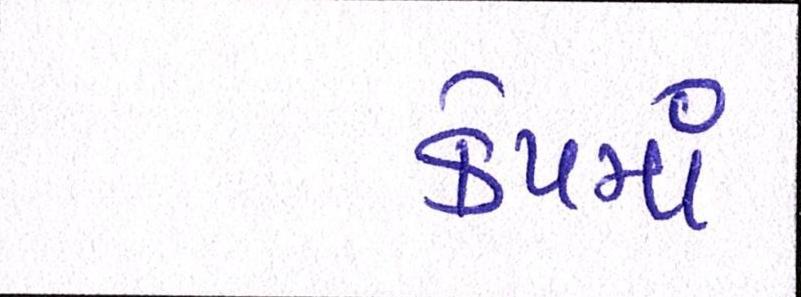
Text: કેપમાં